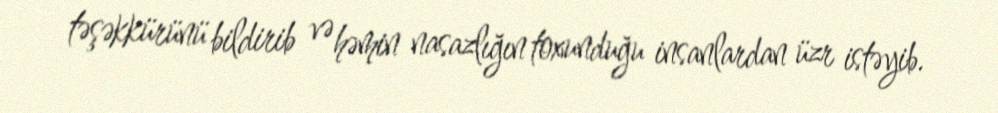
təşəkkürünü bildirib və həmin nasazlığın toxunduğu insanlardan üzr istəyib.